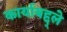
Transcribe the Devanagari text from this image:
कार्याबद्द्ले